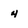
Character: 4